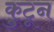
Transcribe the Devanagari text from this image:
कु्टून